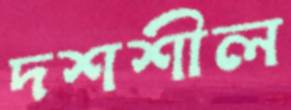
দশশীল